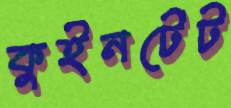
কুইনটেট